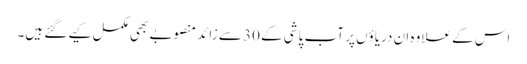
اس کے علاوہ ان دریاؤں پر آب پاشی کے 30 سے زائد منصوبے بھی مکمل کیے گئے ہیں۔